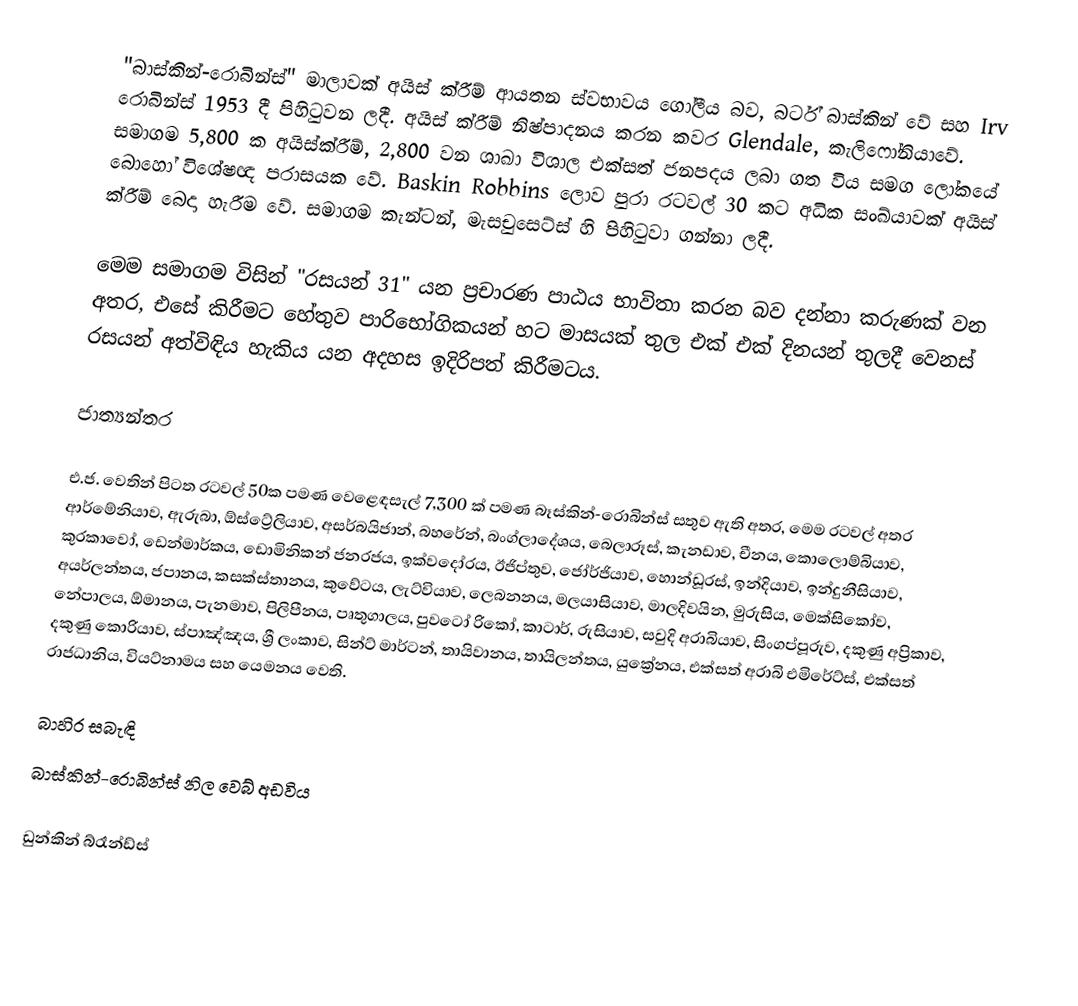
"බාස්කින්-රොබින්ස්" මාලාවක් අයිස් ක්රීම් ආයතන ස්වභාවය ගෝලීය බව, බර්ට් බාස්කින් වේ සහ Irv රොබින්ස් 1953 දී පිහිටුවන ලදී. අයිස් ක්රීම් නිෂ්පාදනය කරන කවර Glendale, කැලිෆෝනියාවේ. සමාගම 5,800 ක අයිස්ක්රීම්, 2,800 වන ශාඛා විශාල එක්සත් ජනපදය ලබා ගත විය සමග ලෝකයේ බොහෝ විශේෂඥ පරාසයක වේ. Baskin Robbins ලොව පුරා රටවල් 30 කට අධික සංඛ්යාවක් අයිස් ක්රීම් බෙදා හැරීම වේ. සමාගම කැන්ටන්, මැසචුසෙට්ස් හි පිහිටුවා ගන්නා ලදී.

මෙම සමාගම විසින්  "රසයන් 31" යන ප්‍රචාරණ පාඨය භාවිතා කරන බව දන්නා කරුණක් වන අතර, එසේ කිරීමට හේතුව පාරිභෝගිකයන් හට මාසයක් තුල එක් එක් දිනයන් තුලදී වෙනස් රසයන් අත්විඳිය හැකිය යන අදහස ඉදිරිපත් කිරීමටය.

ජාත්‍යන්තර

එ.ජ. වෙතින් පිටත රටවල් 50ක පමණ වෙළෙඳසැල් 7,300 ක් පමණ බෑස්කින්-රොබින්ස් සතුව ඇති අතර, මෙම රටවල් අතර  ආර්මේනියාව, ඇරුබා, ඕස්ට්‍රේලියාව, අසර්බයිජාන්, බහරේන්, බංග්ලාදේශය, බෙලාරූස්, කැනඩාව, චීනය, කොලොම්බියාව, කුරකාවෝ, ඩෙන්මාර්කය, ඩොමිනිකන් ජනරජය, ඉක්වදෝරය, ඊජිප්තුව, ජෝර්ජියාව, හොන්ඩූරස්, ඉන්දියාව, ඉන්දුනීසියාව, අයර්ලන්තය, ජපානය, කසක්ස්තානය, කුවේටය, ලැට්වියාව, ලෙබනනය, මලයාසියාව, මාලදිවයින, මුරුසිය, මෙක්සිකෝව, නේපාලය, ඕමානය, පැනමාව, පිලිපීනය, පෘතුගාලය, පුවටෝ රිකෝ, කාටාර්, රුසියාව, සවුදි අරාබියාව, සිංගප්පූරුව, දකුණු අප්‍රිකාව, දකුණු කොරියාව, ස්පාඤ්ඤය, ශ්‍රී ලංකාව, සින්ට් මාර්ටන්, තායිවානය, තායිලන්තය, යුක්‍රේනය, එක්සත් අරාබි එමිරේට්ස්, එක්සත් රාජධානිය, වියට්නාමය සහ යෙමනය වෙති.

බාහිර සබැඳි
 බාස්කින්-රොබින්ස් නිල වෙබ් අඩවිය

 ඩුන්කින් බ්රෑන්ඩ්ස්